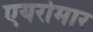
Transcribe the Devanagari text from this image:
एयरोमार